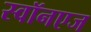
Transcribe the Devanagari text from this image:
स्वॉनएज